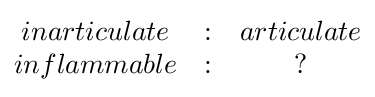
{\begin{matrix}inarticulate&:&articulate\\inflammable&:&?\end{matrix}}